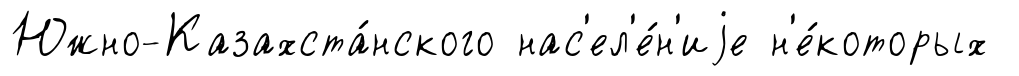
Южно-Казахста́нского нас'ел'е́н'иjе н'е́которых